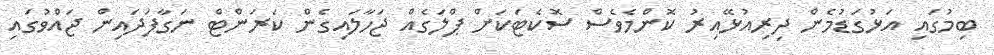
ބިމުގައި އަޅުގަޑުމެން ދިރިއުޅޭއިރު ކޮންމެވެސް ސޮކެޓަކަށް ޕްލަގެއް ޖަހާލައިގެން ކަރަންޓް ނަގާފަދައިން ޖައްވުގައި